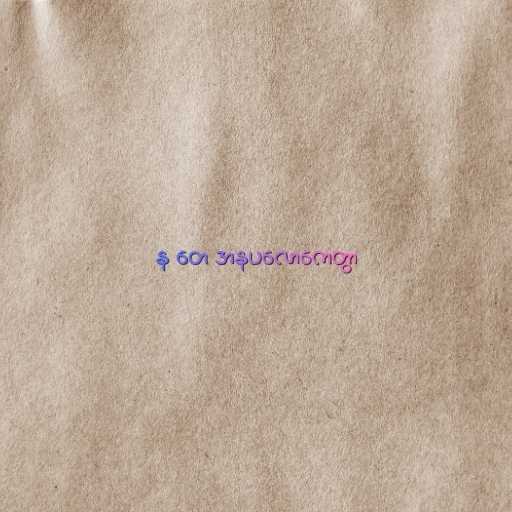
န တေ အနပလောကေတွာ